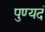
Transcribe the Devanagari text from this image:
पुण्यदं